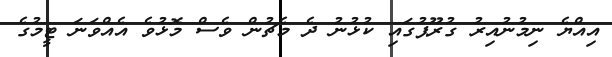
އިއްޔެ ނިމުނުއިރު ގުރޫޕުގައި ކުޅުނު ދެ މެޗުން ވެސް މޮޅުވެ އެއްވަނަ ޓީމުގެ